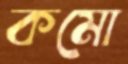
কমো